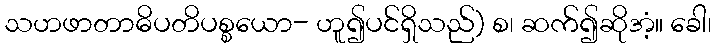
သဟဖာတာဓိပတိပစ္စယော- ဟူ၍ပင်ရှိသည်) စ၊ ဆက်၍ဆိုအံ့။ ခေါ၊